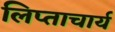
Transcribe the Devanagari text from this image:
लिप्ताचार्य